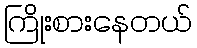
ကြိုးစားနေတယ်